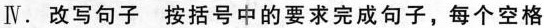
Ⅳ.改写句子 按括号中的要求完成句子,每个空格